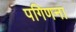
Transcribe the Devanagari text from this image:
पगिणना